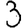
Digit: 3